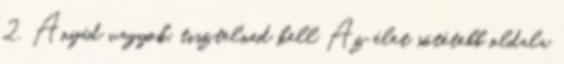
2. Anyád vagyok, tisztelned kell Az élet sötétebb oldala